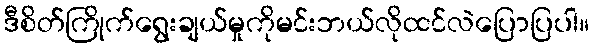
ဒီစိတ်ကြိုက်ရွေးချယ်မှုကိုမင်းဘယ်လိုထင်လဲပြောပြပါ။